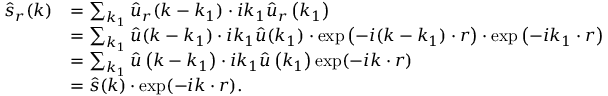
\begin{array} { l l } { \hat { s } _ { r } ( \boldsymbol k ) } & { = \sum _ { \boldsymbol k _ { 1 } } \hat { \boldsymbol u } _ { r } ( \boldsymbol k - \boldsymbol k _ { 1 } ) \cdot i k _ { 1 } \hat { \boldsymbol u } _ { r } \left( \boldsymbol k _ { 1 } \right) } \\ & { = \sum _ { \boldsymbol k _ { 1 } } \hat { \boldsymbol u } ( \boldsymbol k - \boldsymbol k _ { 1 } ) \cdot i \boldsymbol k _ { 1 } \hat { \boldsymbol u } ( \boldsymbol k _ { 1 } ) \cdot \exp \left( - i ( \boldsymbol k - \boldsymbol k _ { 1 } ) \cdot \boldsymbol r \right) \cdot \exp \left( - i \boldsymbol k _ { 1 } \cdot \boldsymbol r \right) } \\ & { = \sum _ { \boldsymbol k _ { 1 } } \hat { \boldsymbol u } \left( \boldsymbol k - \boldsymbol k _ { 1 } \right) \cdot i \boldsymbol k _ { 1 } \hat { \boldsymbol u } \left( \boldsymbol k _ { 1 } \right) \exp ( - i \boldsymbol k \cdot \boldsymbol r ) } \\ & { = \hat { s } ( \boldsymbol k ) \cdot \exp ( - i \boldsymbol k \cdot \boldsymbol r ) . } \end{array}